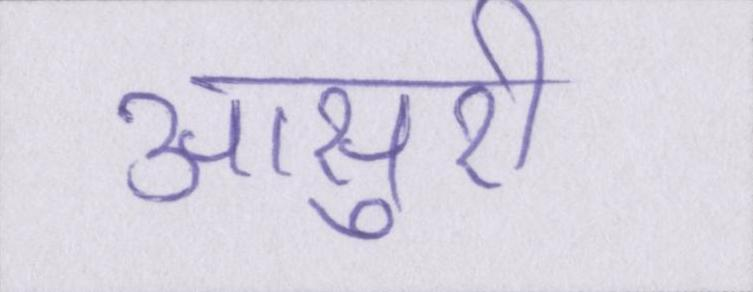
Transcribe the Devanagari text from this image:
आसुरी